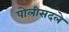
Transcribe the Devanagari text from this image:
पोलीसदले